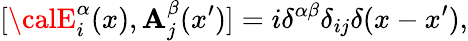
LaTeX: [{\calE}_{i}^{\alpha}(x),\mathbf{A}_{j}^{\beta}(x^{\prime})]=i\delta^{\alpha\beta}\delta_{ij}\delta(x-x^{\prime}),